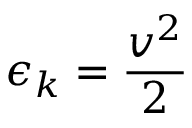
\epsilon _ { k } = { \frac { v ^ { 2 } } { 2 } }